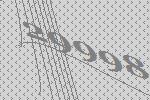
29998